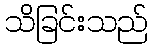
သိခြင်းသည်